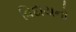
વિદાયનો